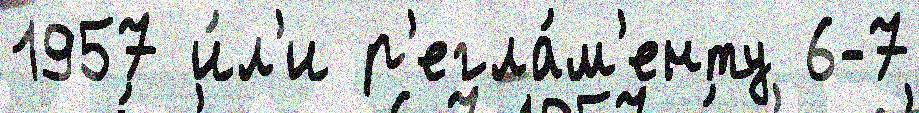
1957 и́л'и р'егла́м'енту 6-7